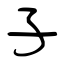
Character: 子